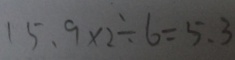
1 5 . 9 \times 2 \div 6 = 5 . 3